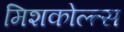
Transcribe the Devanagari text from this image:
मिशकोल्त्स